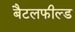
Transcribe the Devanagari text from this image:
बैटलफील्ड